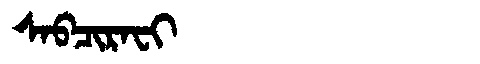
Manchu: ᠰᠠᠪᠴᡳᡵᠠᠸᡳ
Romanization: SABCIRAFI